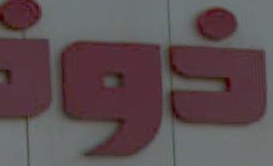
ذونـ